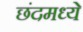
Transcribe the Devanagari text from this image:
छंदमध्ये